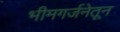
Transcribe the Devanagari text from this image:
भीमगर्जनेतून